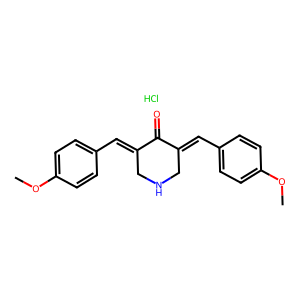
SMILES: COc1ccc(C=C2CNCC(=Cc3ccc(OC)cc3)C2=O)cc1.Cl
Inhibits HIV replication: No